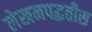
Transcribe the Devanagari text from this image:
लेखनपद्धतीस